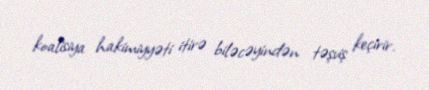
koalisiya hakimiyyəti itirə biləcəyindən təşviş keçirir.